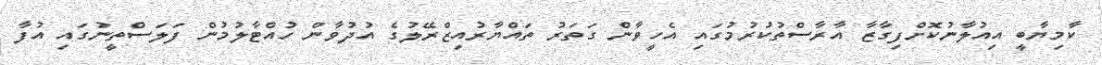
ކާމިޔާބީ އިއުލާނުކޮށްފިގާޒާ އާރާސްތުކުރުމުގައި އެހީވާން ގަތަރު ތައްޔާރުއިޒްރޭލުގެ އުދުވާން ހުއްޓާލުމުން ފަލަސްތީނުގައި އުފާ